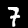
Label: 7